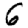
Digit: 6